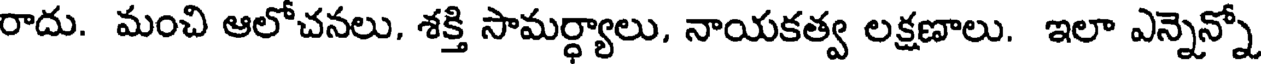
రాదు. మంచి ఆలోచనలు. శక్తి సామర్ధ్యాలు, నాయకత్వ లక్షణాలు. ఇలా ఎన్నెన్నో